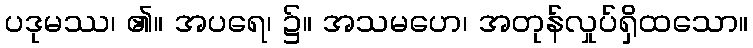
ပဒုမဿ၊ ၏။ အပရေ၊ ၌။ အသမဟေ၊ အတုန်လှုပ်ရှိထသော။